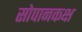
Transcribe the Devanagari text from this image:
सोपानकक्ष